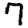
Digit: 7